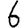
Digit: 6